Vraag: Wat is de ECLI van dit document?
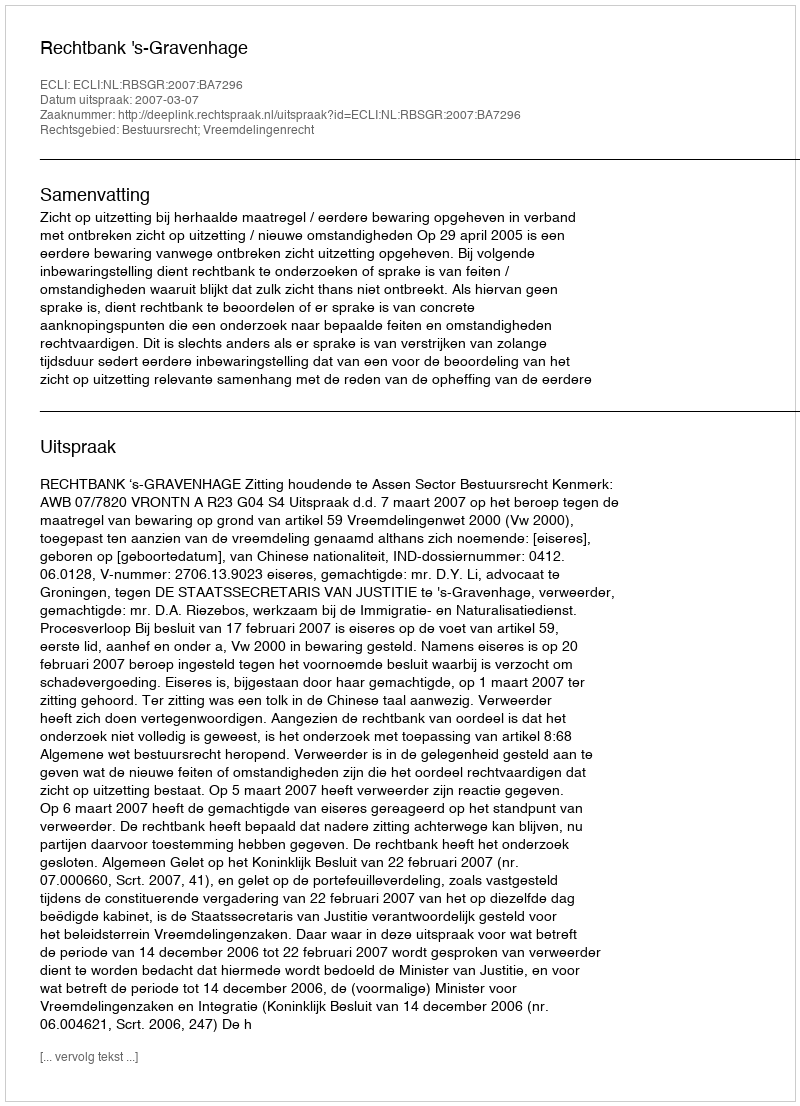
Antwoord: ECLI:NL:RBSGR:2007:BA7296